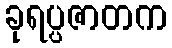
ခုရပ္ပဇာတက